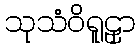
သုသံဝိရူဠှာ